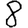
Digit: 8